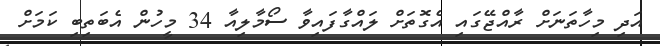
އަދި މިހާތަނަށް ރާއްޖޭގައި އެގޮތަށް ލައްގާފައިވާ ސޯމާލިއާ 34 މީހުން އެބަތިބި ކަމަށް